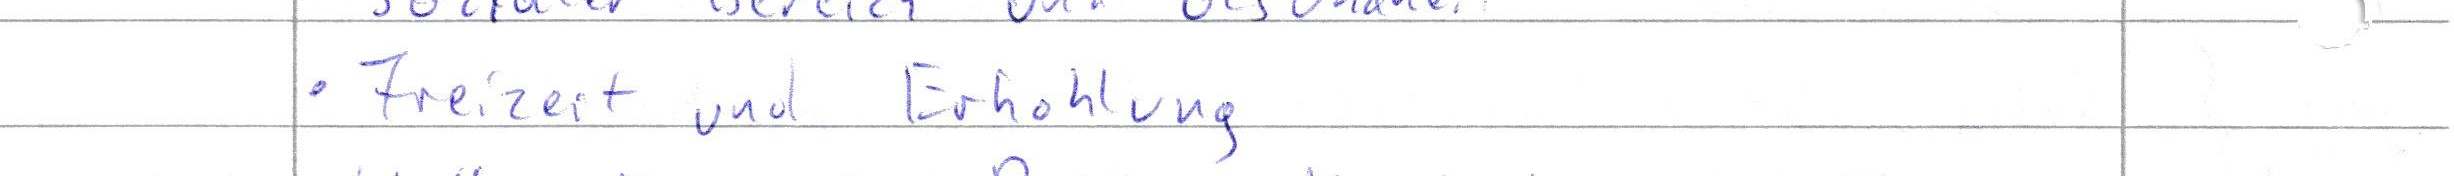
Freizeit und Erholung